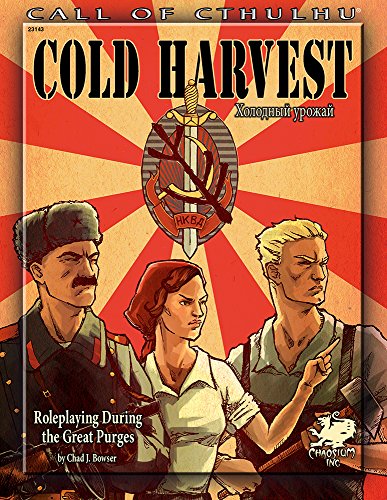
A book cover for Cold Harvest: Roleplaying During the Great Purges (Call of Cthulhu roleplaying, #23143); Chad Bowser; Science Fiction & Fantasy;